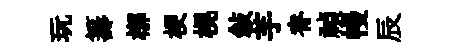
玩籌槨梗榥敍芋脊禎幔辰